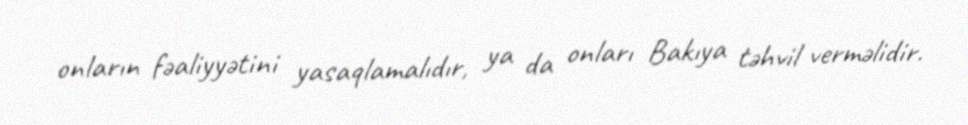
onların fəaliyyətini yasaqlamalıdır, ya da onları Bakıya təhvil verməlidir.